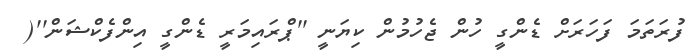
ފުރަތަމަ ފަހަރަށް ޑެންގީ ހުން ޖެހުމުން ކިޔަނީ ''ޕްރައިމަރީ ޑެންގީ އިންފެކްޝަން''(